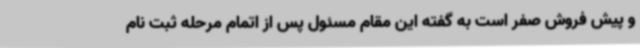
و پیش فروش صفر است به گفته این مقام مسئول پس از اتمام مرحله ثبت نام